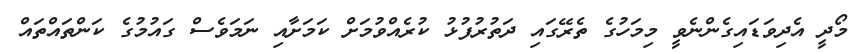
މޯދީ އެދިވަޑައިގެންނެވީ މިމަހުގެ ތެރޭގައި ދަތުރުފުޅު ކުރެއްވުމަށް ކަމަށާއި ނަމަވެސް ގައުމުގެ ކަންތައްތައް